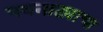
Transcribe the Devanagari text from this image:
पथनाट्याचा